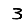
Digit: 3